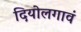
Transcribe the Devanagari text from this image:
दियोलगावं